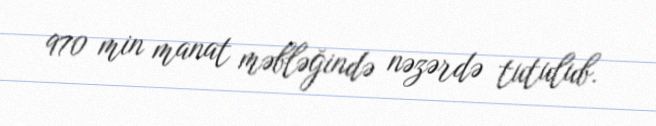
970 min manat məbləğində nəzərdə tutulub.